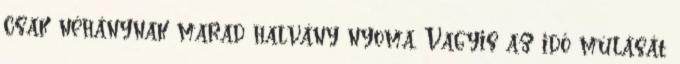
csak néhánynak marad halvány nyoma. Vagyis az idő múlását